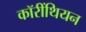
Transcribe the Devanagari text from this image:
कॉरींथियन